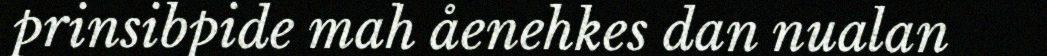
prinsibpide mah åenehkes dan nualan